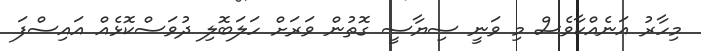
މިހާރު އަނެއްކާވެސް މި ވަނީ ސިޔާސީ ގޮތުން ވަރަށް ހަލަބޮލި ދުވަސްކޮޅެއް އައިސްފަ